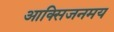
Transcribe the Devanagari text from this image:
आक्सिजनमय